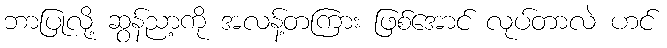
ဘာပြုလို့ ဆွန်ညာ့ကို အလန့်တကြား ဖြစ်အောင် လုပ်တာလဲ ဟင်